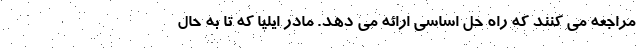
مراجعه می کنند که راه حل اساسی ارائه می دهد. مادر ایلیا که تا به حال